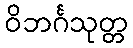
ဝိဘင်္ဂသုတ္တ